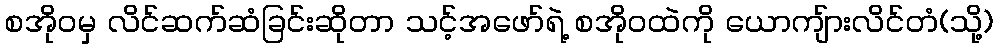
စအိုဝမှ လိင်ဆက်ဆံခြင်းဆိုတာ သင့်အဖော်ရဲ့ စအိုဝထဲကို ယောကျ်ားလိင်တံ(သို့)